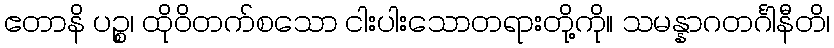
ဧတာနိ ပဉ္စ၊ ထိုဝိတက်စသော ငါးပါးသောတရားတို့ကို။ သမန္နာဂတင်္ဂါနီတိ၊